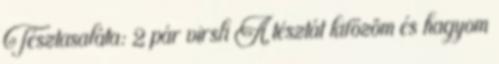
Tésztasaláta: 2 pár virsli A tésztát kifőzöm és hagyom